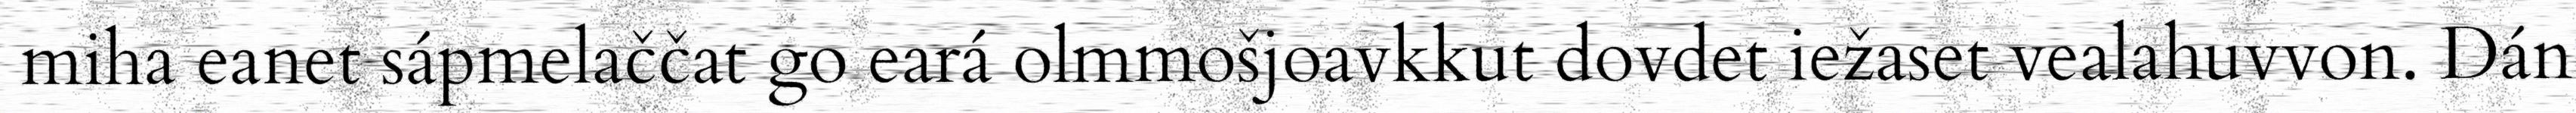
miha eanet sápmelaččat go eará olmmošjoavkkut dovdet iežaset vealahuvvon. Dán